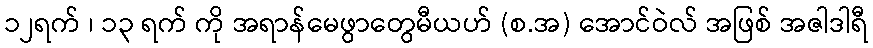
၁၂ရက် ၊ ၁၃ ရက် ကို အရာန်မေဖွာတွေမီယဟ် (စ.အ) အောင်ဝဲလ် အဖြစ် အဇါဒါရီ